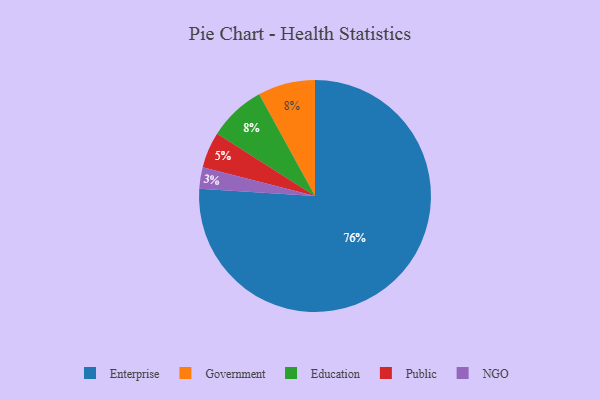
{"axis": {"x": "Category", "y": "Percentage"}, "legend": ["Education", "Enterprise", "Government", "NGO", "Public"], "data": [{"x": "Government", "y": 8, "type": "Government"}, {"x": "Public", "y": 5, "type": "Public"}, {"x": "Education", "y": 8, "type": "Education"}, {"x": "NGO", "y": 3, "type": "NGO"}, {"x": "Enterprise", "y": 76, "type": "Enterprise"}]}